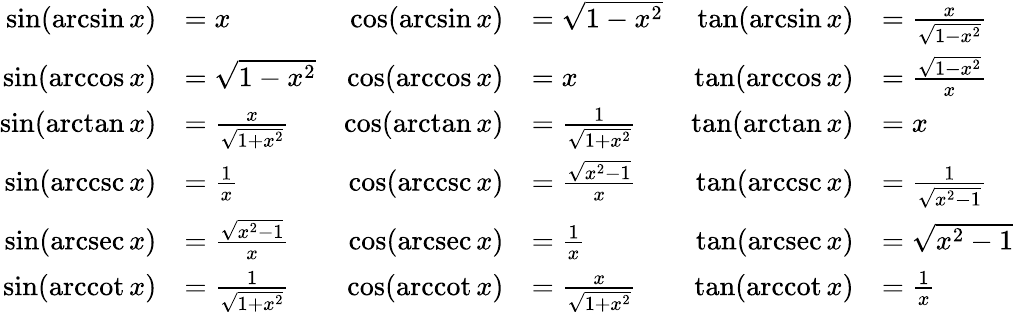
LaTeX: {\begin{array}{rlrlrl}{\sin(\arcsin x)}&{=x}&{\cos(\arcsin x)}&{={\sqrt{1-x^{2}}}}&{\tan(\arcsin x)}&{={\frac{x}{\sqrt{1-x^{2}}}}}\\ {\sin(\operatorname{arccos}x)}&{={\sqrt{1-x^{2}}}}&{\cos(\operatorname{arccos}x)}&{=x}&{\tan(\operatorname{arccos}x)}&{={\frac{\sqrt{1-x^{2}}}{x}}}\\ {\sin(\arctan x)}&{={\frac{x}{\sqrt{1+x^{2}}}}}&{\cos(\arctan x)}&{={\frac{1}{\sqrt{1+x^{2}}}}}&{\tan(\arctan x)}&{=x}\\ {\sin(\operatorname{arccsc}x)}&{={\frac{1}{x}}}&{\cos(\operatorname{arccsc}x)}&{={\frac{\sqrt{x^{2}-1}}{x}}}&{\tan(\operatorname{arccsc}x)}&{={\frac{1}{\sqrt{x^{2}-1}}}}\\ {\sin(\operatorname{arcsec}x)}&{={\frac{\sqrt{x^{2}-1}}{x}}}&{\cos(\operatorname{arcsec}x)}&{={\frac{1}{x}}}&{\tan(\operatorname{arcsec}x)}&{={\sqrt{x^{2}-1}}}\\ {\sin(\operatorname{arccot}x)}&{={\frac{1}{\sqrt{1+x^{2}}}}}&{\cos(\operatorname{arccot}x)}&{={\frac{x}{\sqrt{1+x^{2}}}}}&{\tan(\operatorname{arccot}x)}&{={\frac{1}{x}}}\end{array}}